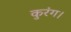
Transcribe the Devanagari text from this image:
कुरंग।